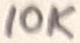
Text: 10K